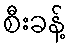
စီးခန့်